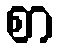
စာ